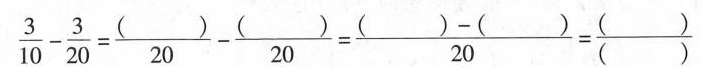
$$\frac { 3 } {2 0} - \frac { 3 } { 2 0 } = \frac {（ ）} { 2 0 } - \frac {（ ）} { 2 0 }=\frac {（ ）-（ ）} { 2 0 }=\frac {（）} {（）}$$